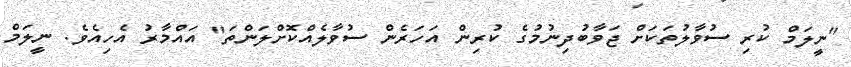
"ނީލަމް ކުރި ސުވާލުތަކަށް ޖަވާބުދިނުމުގެ ކުރިން އަހަރެން ސުވާލެއްކޮށްލަންތަ" އައްމާރު އެހިއެވެ. ނީލަމް